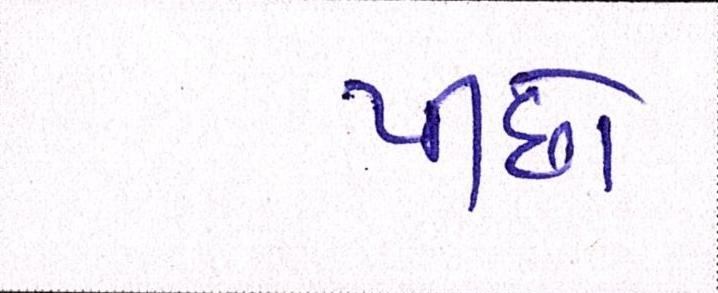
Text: પીછો